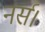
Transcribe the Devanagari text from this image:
नर्स।